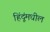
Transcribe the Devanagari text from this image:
हिंदूंमधील